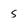
Character: s